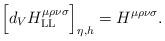
LaTeX: \begin{align*}\Big[d_VH^{\mu\rho\nu\sigma}_\mathrm{LL}\Big]_{\eta,h}=H^{\mu\rho\nu\sigma}.\end{align*}